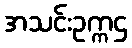
အသင်းဥက္ကဌ